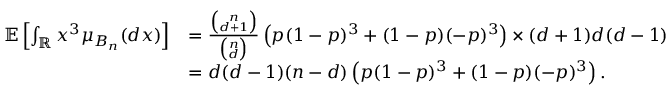
\begin{array} { r l } { \mathbb { E } \left[ \int _ { \mathbb { R } } x ^ { 3 } \mu _ { B _ { n } } ( d x ) \right] } & { = \frac { { \binom { n } { d + 1 } } } { { \binom { n } { d } } } \left( p ( 1 - p ) ^ { 3 } + ( 1 - p ) ( - p ) ^ { 3 } \right) \times ( d + 1 ) d ( d - 1 ) } \\ & { = d ( d - 1 ) ( n - d ) \left( p ( 1 - p ) ^ { 3 } + ( 1 - p ) ( - p ) ^ { 3 } \right) . } \end{array}